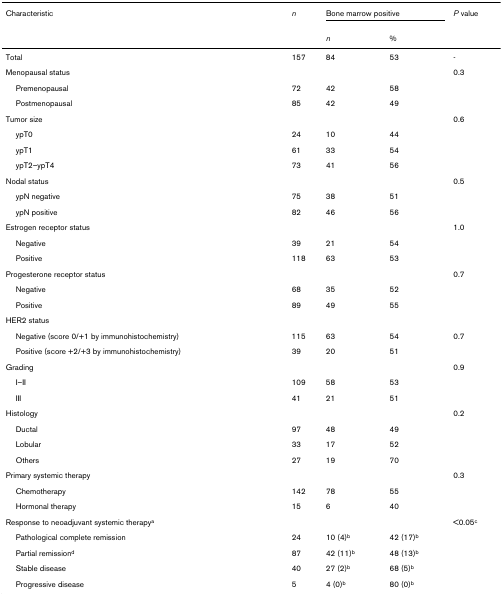
<table><thead><tr><td><b>Characteristic</b></td><td><b><i>n</i></b></td><td colspan="2"><b>Bone marrow positive</b></td><td><b><i>P </i>value</b></td></tr><tr><td></td><td></td><td><b><i>n</i></b></td><td><b>%</b></td><td></td></tr></thead><tbody><tr><td>Total</td><td>157</td><td>84</td><td>53</td><td>-</td></tr><tr><td>Menopausal status</td><td></td><td></td><td></td><td>0.3</td></tr><tr><td> Premenopausal</td><td>72</td><td>42</td><td>58</td><td></td></tr><tr><td> Postmenopausal</td><td>85</td><td>42</td><td>49</td><td></td></tr><tr><td>Tumor size</td><td></td><td></td><td></td><td>0.6</td></tr><tr><td> ypT0</td><td>24</td><td>10</td><td>44</td><td></td></tr><tr><td> ypT1</td><td>61</td><td>33</td><td>54</td><td></td></tr><tr><td> ypT2–ypT4</td><td>73</td><td>41</td><td>56</td><td></td></tr><tr><td>Nodal status</td><td></td><td></td><td></td><td>0.5</td></tr><tr><td> ypN negative</td><td>75</td><td>38</td><td>51</td><td></td></tr><tr><td> ypN positive</td><td>82</td><td>46</td><td>56</td><td></td></tr><tr><td>Estrogen receptor status</td><td></td><td></td><td></td><td>1.0</td></tr><tr><td> Negative</td><td>39</td><td>21</td><td>54</td><td></td></tr><tr><td> Positive</td><td>118</td><td>63</td><td>53</td><td></td></tr><tr><td>Progesterone receptor status</td><td></td><td></td><td></td><td>0.7</td></tr><tr><td> Negative</td><td>68</td><td>35</td><td>52</td><td></td></tr><tr><td> Positive</td><td>89</td><td>49</td><td>55</td><td></td></tr><tr><td>HER2 status</td><td></td><td></td><td></td><td></td></tr><tr><td> Negative (score 0/+1 by immunohistochemistry)</td><td>115</td><td>63</td><td>54</td><td>0.7</td></tr><tr><td> Positive (score +2/+3 by immunohistochemistry)</td><td>39</td><td>20</td><td>51</td><td></td></tr><tr><td>Grading</td><td></td><td></td><td></td><td>0.9</td></tr><tr><td> I–II</td><td>109</td><td>58</td><td>53</td><td></td></tr><tr><td> III</td><td>41</td><td>21</td><td>51</td><td></td></tr><tr><td>Histology</td><td></td><td></td><td></td><td>0.2</td></tr><tr><td> Ductal</td><td>97</td><td>48</td><td>49</td><td></td></tr><tr><td> Lobular</td><td>33</td><td>17</td><td>52</td><td></td></tr><tr><td> Others</td><td>27</td><td>19</td><td>70</td><td></td></tr><tr><td>Primary systemic therapy</td><td></td><td></td><td></td><td>0.3</td></tr><tr><td> Chemotherapy</td><td>142</td><td>78</td><td>55</td><td></td></tr><tr><td> Hormonal therapy</td><td>15</td><td>6</td><td>40</td><td></td></tr><tr><td>Response to neoadjuvant systemic therapy<sup>a</sup></td><td></td><td></td><td></td><td>&lt;0.05<sup>c</sup></td></tr><tr><td> Pathological complete remission</td><td>24</td><td>10 (4)<sup>b</sup></td><td>42 (17)<sup>b</sup></td><td></td></tr><tr><td> Partial remission<sup>d</sup></td><td>87</td><td>42 (11)<sup>b</sup></td><td>48 (13)<sup>b</sup></td><td></td></tr><tr><td> Stable disease</td><td>40</td><td>27 (2)<sup>b</sup></td><td>68 (5)<sup>b</sup></td><td></td></tr><tr><td> Progressive disease</td><td>5</td><td>4 (0)<sup>b</sup></td><td>80 (0)<sup>b</sup></td><td></td></tr></tbody></table>